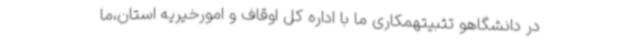
در دانشگاهو تثبیتهمکاری ما با اداره کل اوقاف و امورخیریه استان،ما